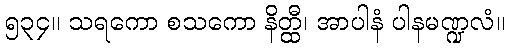
၅၃၄။ သရကော စသကော နိတ္ထီ၊ အာပါနံ ပါနမဏ္ဍလံ။